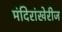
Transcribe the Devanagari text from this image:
मंदिरांखेरीज